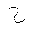
Letter: _ha